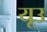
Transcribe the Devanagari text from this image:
यूउ